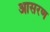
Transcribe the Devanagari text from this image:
आसरण